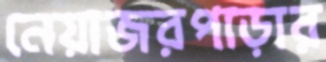
নেয়াজরপাড়ার